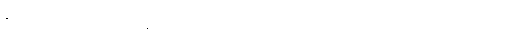
နိယျရေ၁၊ မတိုက်တွန်းကုန်။ သမ္ဗုဒ္ဓါ၊ မြတ်စွာဘုရားတို့သည်။ သမ္မာ၊ သင့်သောအကြောင်းဖြင့်။